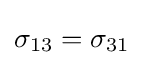
\sigma _{13}=\sigma _{31}